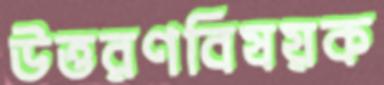
উত্তরণবিষয়ক